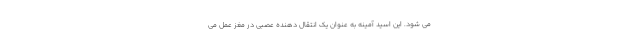
می شود. این اسید آمینه به عنوان یک انتقال دهنده عصبی در مغز عمل می